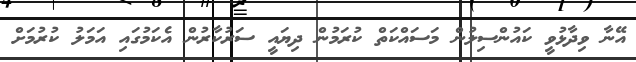
އޭނާ ވިދާޅުވީ ކައުންސިލުން މަސައްކަތް ކުރަމުން ދިޔައީ ސަރުކާރުން އެކަމުގައި އަމަލު ކުރުމަށް